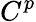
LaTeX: C^{p}